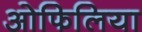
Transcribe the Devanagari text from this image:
ओफिलिया